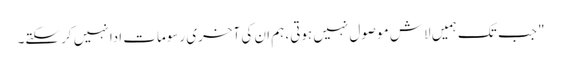
" جب تک ہمیں لاش موصول نہیں ہوتی، ہم ان کی آخری رسومات ادا نہیں کر سکتے۔